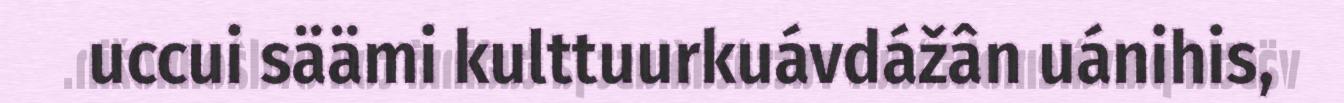
uccui säämi kulttuurkuávdážân uánihis,